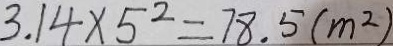
3 . 1 4 \times 5 ^ { 2 } = 7 8 . 5 ( m ^ { 2 } )